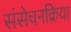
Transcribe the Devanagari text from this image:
संसेचनक्रिया